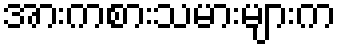
အားကစားသမားများက